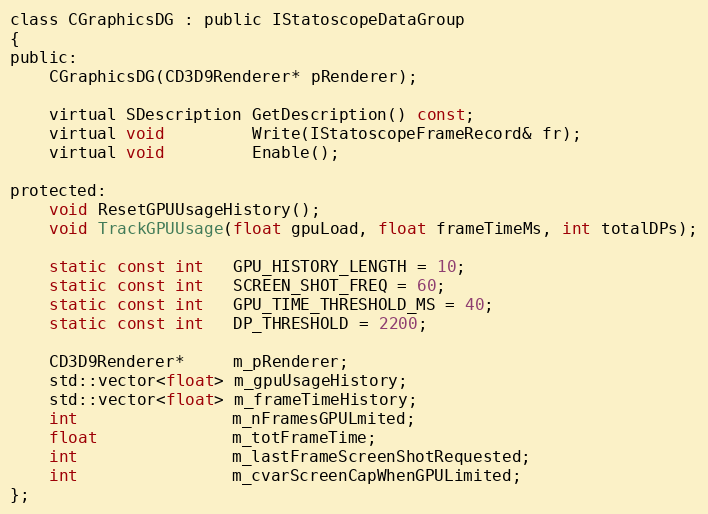
Language: C
class CGraphicsDG : public IStatoscopeDataGroup
{
public:
	CGraphicsDG(CD3D9Renderer* pRenderer);

	virtual SDescription GetDescription() const;
	virtual void         Write(IStatoscopeFrameRecord& fr);
	virtual void         Enable();

protected:
	void ResetGPUUsageHistory();
	void TrackGPUUsage(float gpuLoad, float frameTimeMs, int totalDPs);

	static const int   GPU_HISTORY_LENGTH = 10;
	static const int   SCREEN_SHOT_FREQ = 60;
	static const int   GPU_TIME_THRESHOLD_MS = 40;
	static const int   DP_THRESHOLD = 2200;

	CD3D9Renderer*     m_pRenderer;
	std::vector<float> m_gpuUsageHistory;
	std::vector<float> m_frameTimeHistory;
	int                m_nFramesGPULmited;
	float              m_totFrameTime;
	int                m_lastFrameScreenShotRequested;
	int                m_cvarScreenCapWhenGPULimited;
};